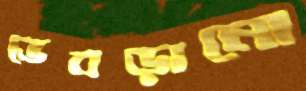
ভেবড়ানো